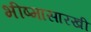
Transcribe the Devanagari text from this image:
भीष्मासारखी